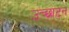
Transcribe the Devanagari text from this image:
उच्छाटन